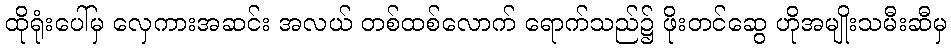
ထိုရုံးပေါ်မှ လှေကားအဆင်း အလယ် တစ်ထစ်လောက် ရောက်သည်၌ ဖိုးတင်ဆွေ ဟိုအမျိုးသမီးဆီမှ